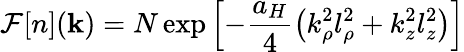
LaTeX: \mathcal{F}[n](\mathbf{k})=N\exp\left[-\frac{a_{H}}{4}\left(k_{\rho}^{2}l_{\rho}^{2}+k_{z}^{2}l_{z}^{2}\right)\right]